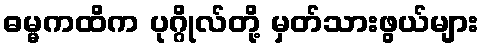
ဓမ္မကထိက ပုဂ္ဂိုလ်တို့ မှတ်သားဖွယ်များ